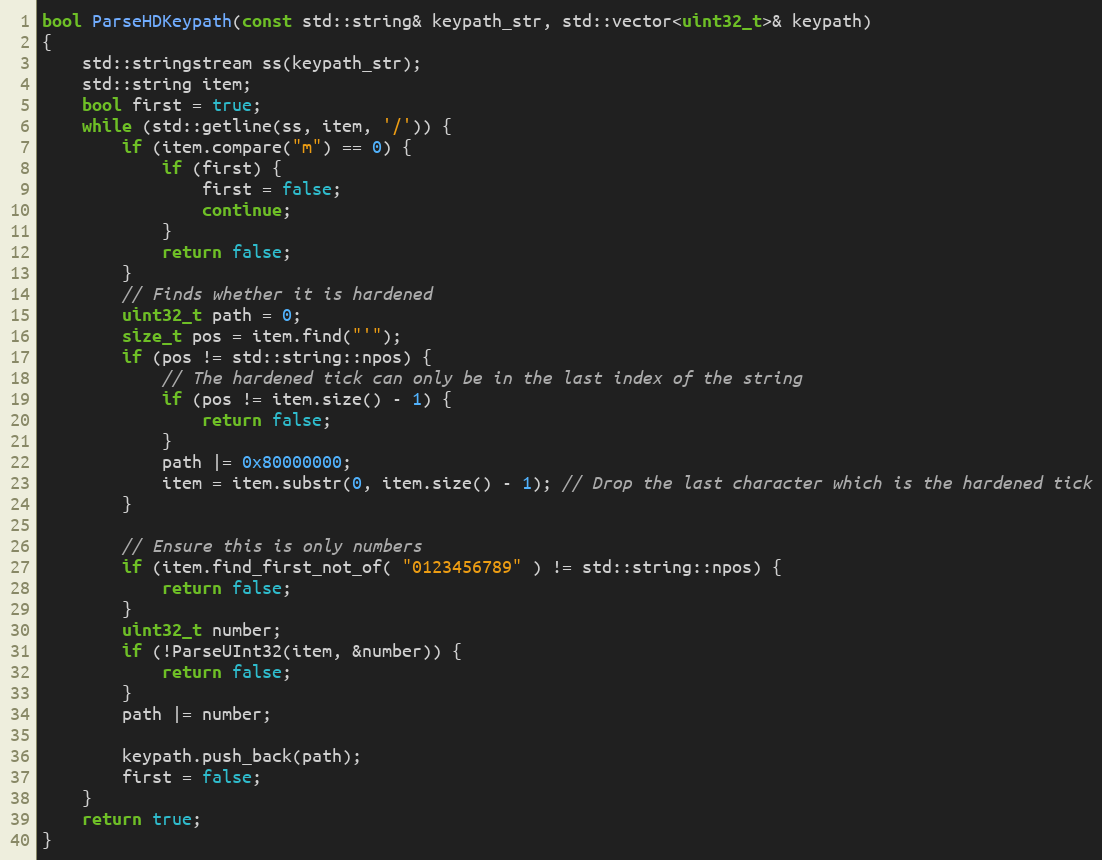
Language: C++
bool ParseHDKeypath(const std::string& keypath_str, std::vector<uint32_t>& keypath)
{
    std::stringstream ss(keypath_str);
    std::string item;
    bool first = true;
    while (std::getline(ss, item, '/')) {
        if (item.compare("m") == 0) {
            if (first) {
                first = false;
                continue;
            }
            return false;
        }
        // Finds whether it is hardened
        uint32_t path = 0;
        size_t pos = item.find("'");
        if (pos != std::string::npos) {
            // The hardened tick can only be in the last index of the string
            if (pos != item.size() - 1) {
                return false;
            }
            path |= 0x80000000;
            item = item.substr(0, item.size() - 1); // Drop the last character which is the hardened tick
        }

        // Ensure this is only numbers
        if (item.find_first_not_of( "0123456789" ) != std::string::npos) {
            return false;
        }
        uint32_t number;
        if (!ParseUInt32(item, &number)) {
            return false;
        }
        path |= number;

        keypath.push_back(path);
        first = false;
    }
    return true;
}